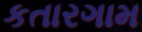
કતારગામ